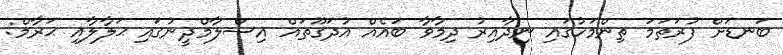
ބަނޑަށް ފުރަތަމަ ތިންމަހުގައި ނިދާއިރު ދިމާވާ ބައެއް އުދަގޫތައް އިސްލާމްދީނުގައި ޙަލާލާއި ޙަރާމް: